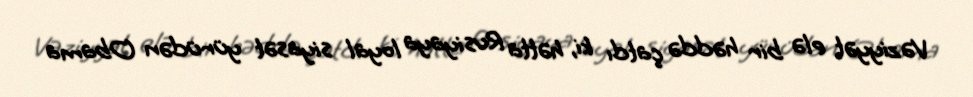
Vəziyyət elə bir həddə çatdı ki, hətta Rusiyaya loyal siyasət yürüdən Obama